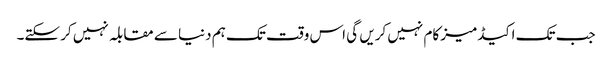
جب تک اکیڈمیز کام نہیں کریں گی اس وقت تک ہم دنیا سے مقابلہ نہیں کر سکتے۔